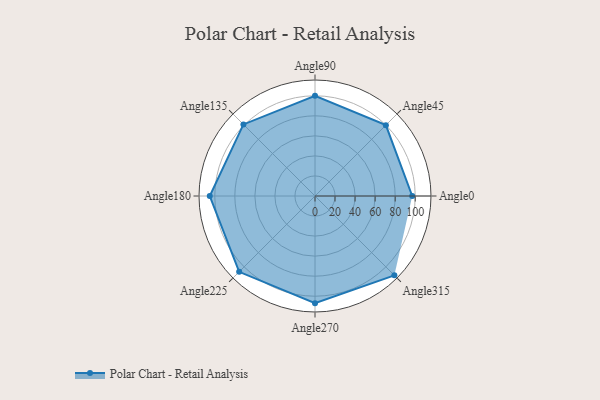
{"axis": {"x": "Angle", "y": "Radius"}, "legend": [""], "data": [{"x": "Angle0", "y": 97.0, "type": ""}, {"x": "Angle45", "y": 100.0, "type": ""}, {"x": "Angle90", "y": 100.0, "type": ""}, {"x": "Angle135", "y": 101.0, "type": ""}, {"x": "Angle180", "y": 105.0, "type": ""}, {"x": "Angle225", "y": 107.0, "type": ""}, {"x": "Angle270", "y": 107.0, "type": ""}, {"x": "Angle315", "y": 112.0, "type": ""}]}